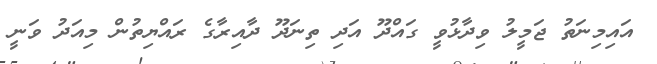
އައިމިނަތު ޖަމީލު ވިދާޅުވީ ގައްދޫ އަދި ތިނަދޫ ދާއިރާގެ ރައްޔިތުން މިއަދު ވަނީ